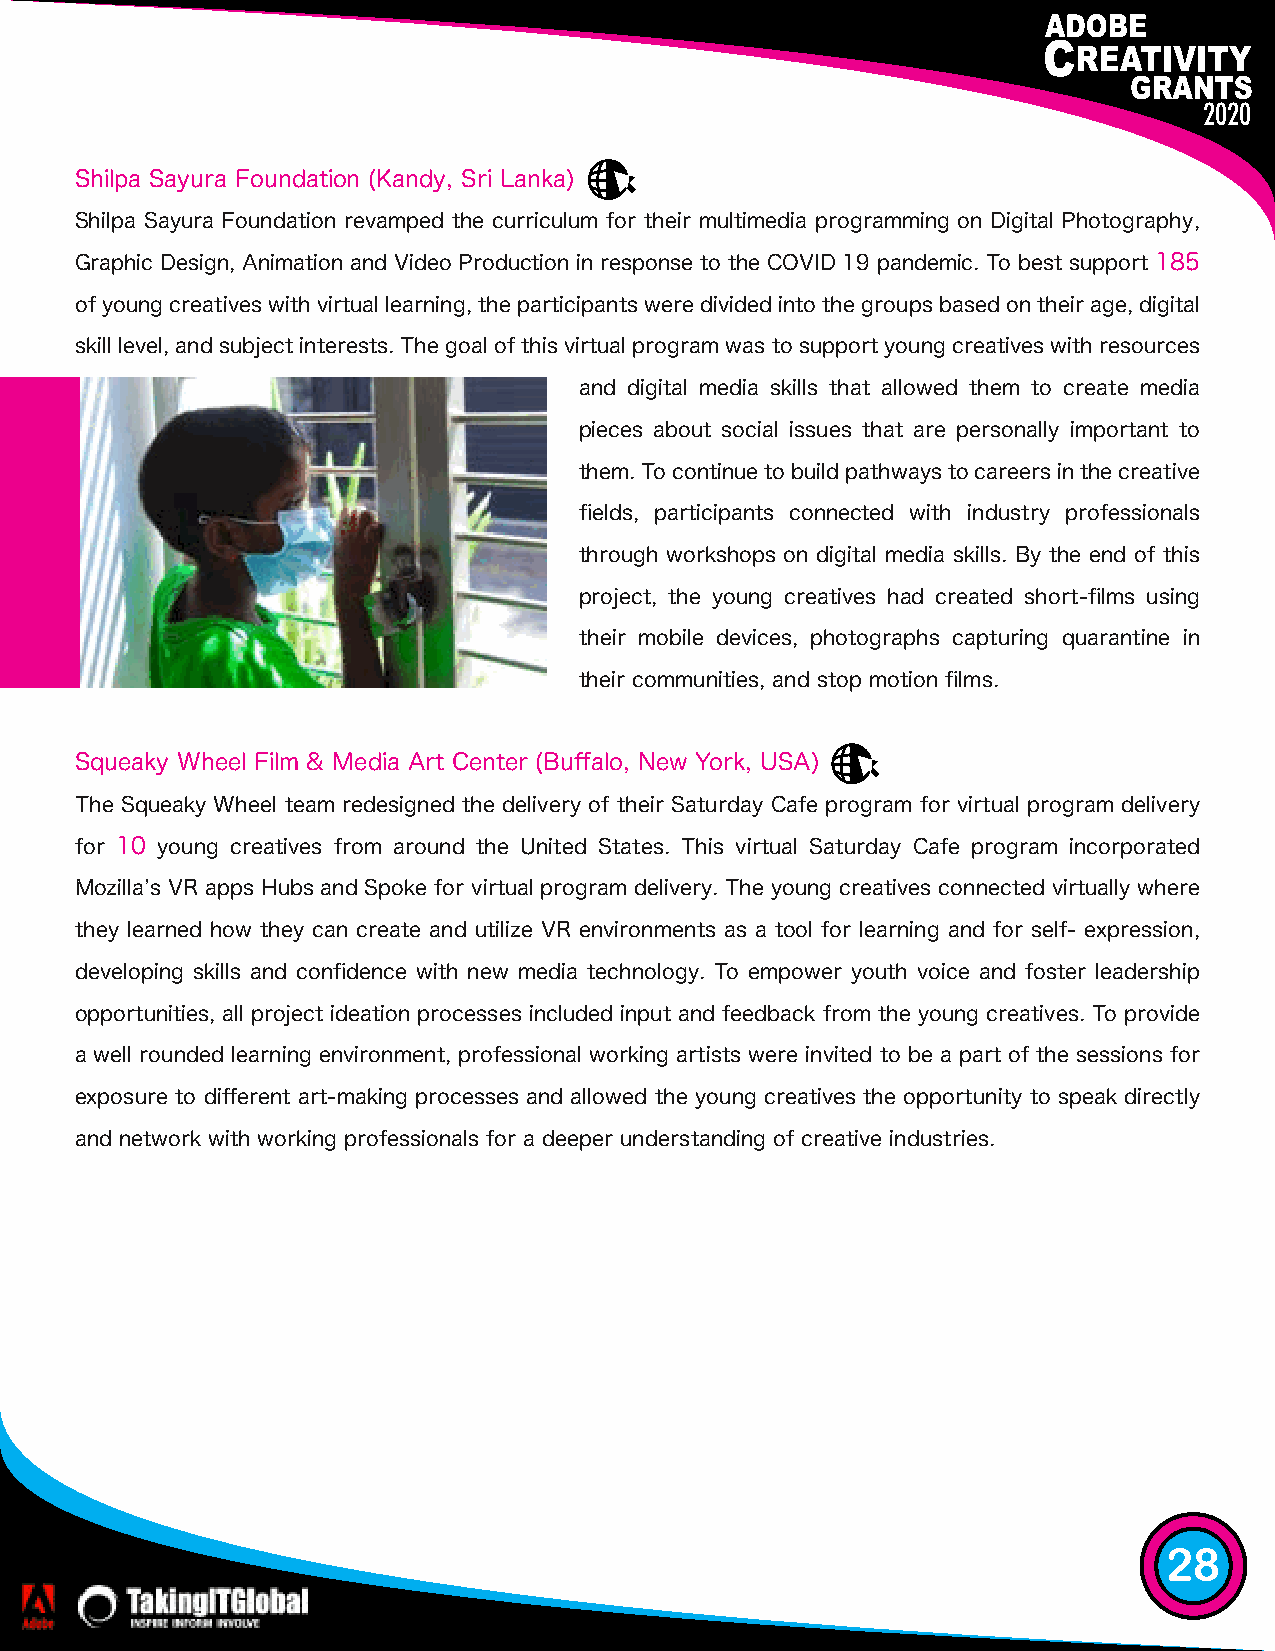
2020
 Shilpa Sayura Foundation (Kandy, Sri Lanka)
 Shilpa Sayura Foundation revamped the curriculum for their multimedia programming on Digital Photography,
 Graphic Design, Animation and Video Production in response to the COVID 19 pandemic. To best support 185
 of young creatives with virtual learning, the participants were divided into the groups based on their age, digital
 skill level, and subject interests. The goal of this virtual program was to support young creatives with resources
 and digital media skills that allowed them to create media
 pieces about social issues that are personally important to
 them. To continue to build pathways to careers in the creative
 fields, participants connected with industry professionals
 through workshops on digital media skills. By the end of this
 project, the young creatives had created short-films using
 their mobile devices, photographs capturing quarantine in
 their communities, and stop motion films.
 Squeaky Wheel Film & Media Art Center (Buffalo, New York, USA)
 The Squeaky Wheel team redesigned the delivery of their Saturday Cafe program for virtual program delivery
 for 10 young creatives from around the United States. This virtual Saturday Cafe program incorporated
 Mozillaʼs VR apps Hubs and Spoke for virtual program delivery. The young creatives connected virtually where
 they learned how they can create and utilize VR environments as a tool for learning and for self- expression,
 developing skills and confidence with new media technology. To empower youth voice and foster leadership
 opportunities, all project ideation processes included input and feedback from the young creatives. To provide
 a well rounded learning environment, professional working artists were invited to be a part of the sessions for
 exposure to different art-making processes and allowed the young creatives the opportunity to speak directly
 and network with working professionals for a deeper understanding of creative industries.
 28